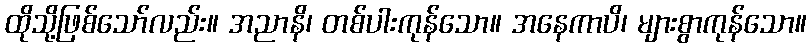
ထိုသို့ဖြစ်သော်လည်း။ အညာနိ၊ တစ်ပါးကုန်သော။ အနေကာပိ၊ များစွာကုန်သော။